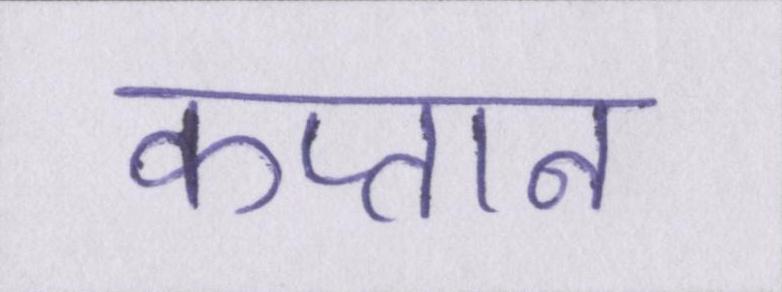
कप्तान